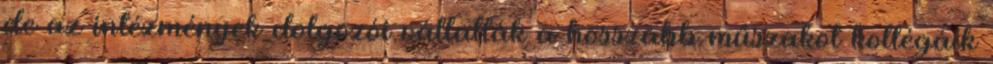
de az intézmények dolgozói vállalták a hosszabb műszakot kollégáik